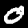
Label: 0